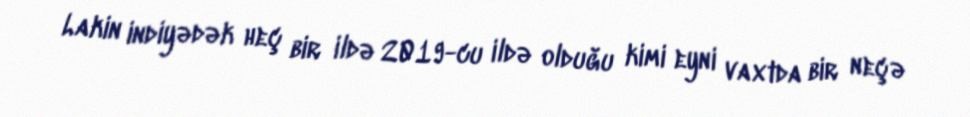
Lakin indiyədək heç bir ildə 2019-cu ildə olduğu kimi eyni vaxtda bir neçə